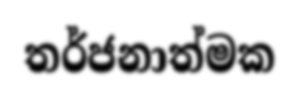
තර්ජනාත්මක